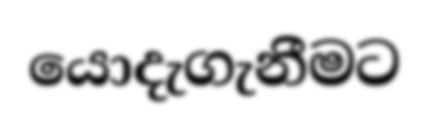
යොදැගැනීමට